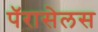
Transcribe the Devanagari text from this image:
पॅरासेलस